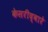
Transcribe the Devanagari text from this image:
केसरीद्वारे